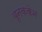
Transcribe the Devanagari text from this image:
बृनककेन